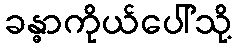
ခန္ဓာကိုယ်ပေါ်သို့